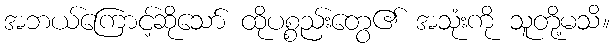
အဘယ်ကြောင့်ဆိုသော် ထိုပစ္စည်းတွေ၏ အသုံးကို သူတို့မသိ။